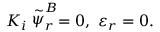
K _ { i } \stackrel { \sim } { \psi } _ { r } ^ { B } = 0 , ~ \varepsilon _ { r } = 0 .